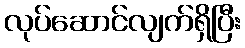
လုပ်ဆောင်လျက်ရှိပြီး